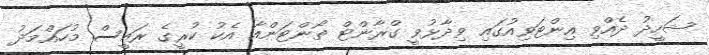
ޝަހީދު ދެއްވި އިންޓަވިއުގައި ވިދާޅުވީ ގްރާންޓް ތޯންޓަންއާ އެކު ކުރީގެ ރައީސް މުހައްމަދު